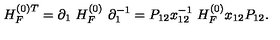
H _ { F } ^ { ( 0 ) T } = \partial _ { 1 } \ H _ { F } ^ { ( 0 ) } \ \partial _ { 1 } ^ { - 1 } = P _ { 1 2 } x _ { 1 2 } ^ { - 1 } \ H _ { F } ^ { ( 0 ) } x _ { 1 2 } P _ { 1 2 } .